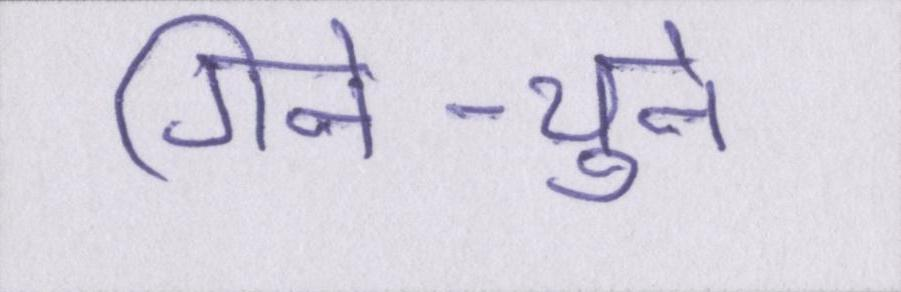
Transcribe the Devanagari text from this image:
गिने-चुने